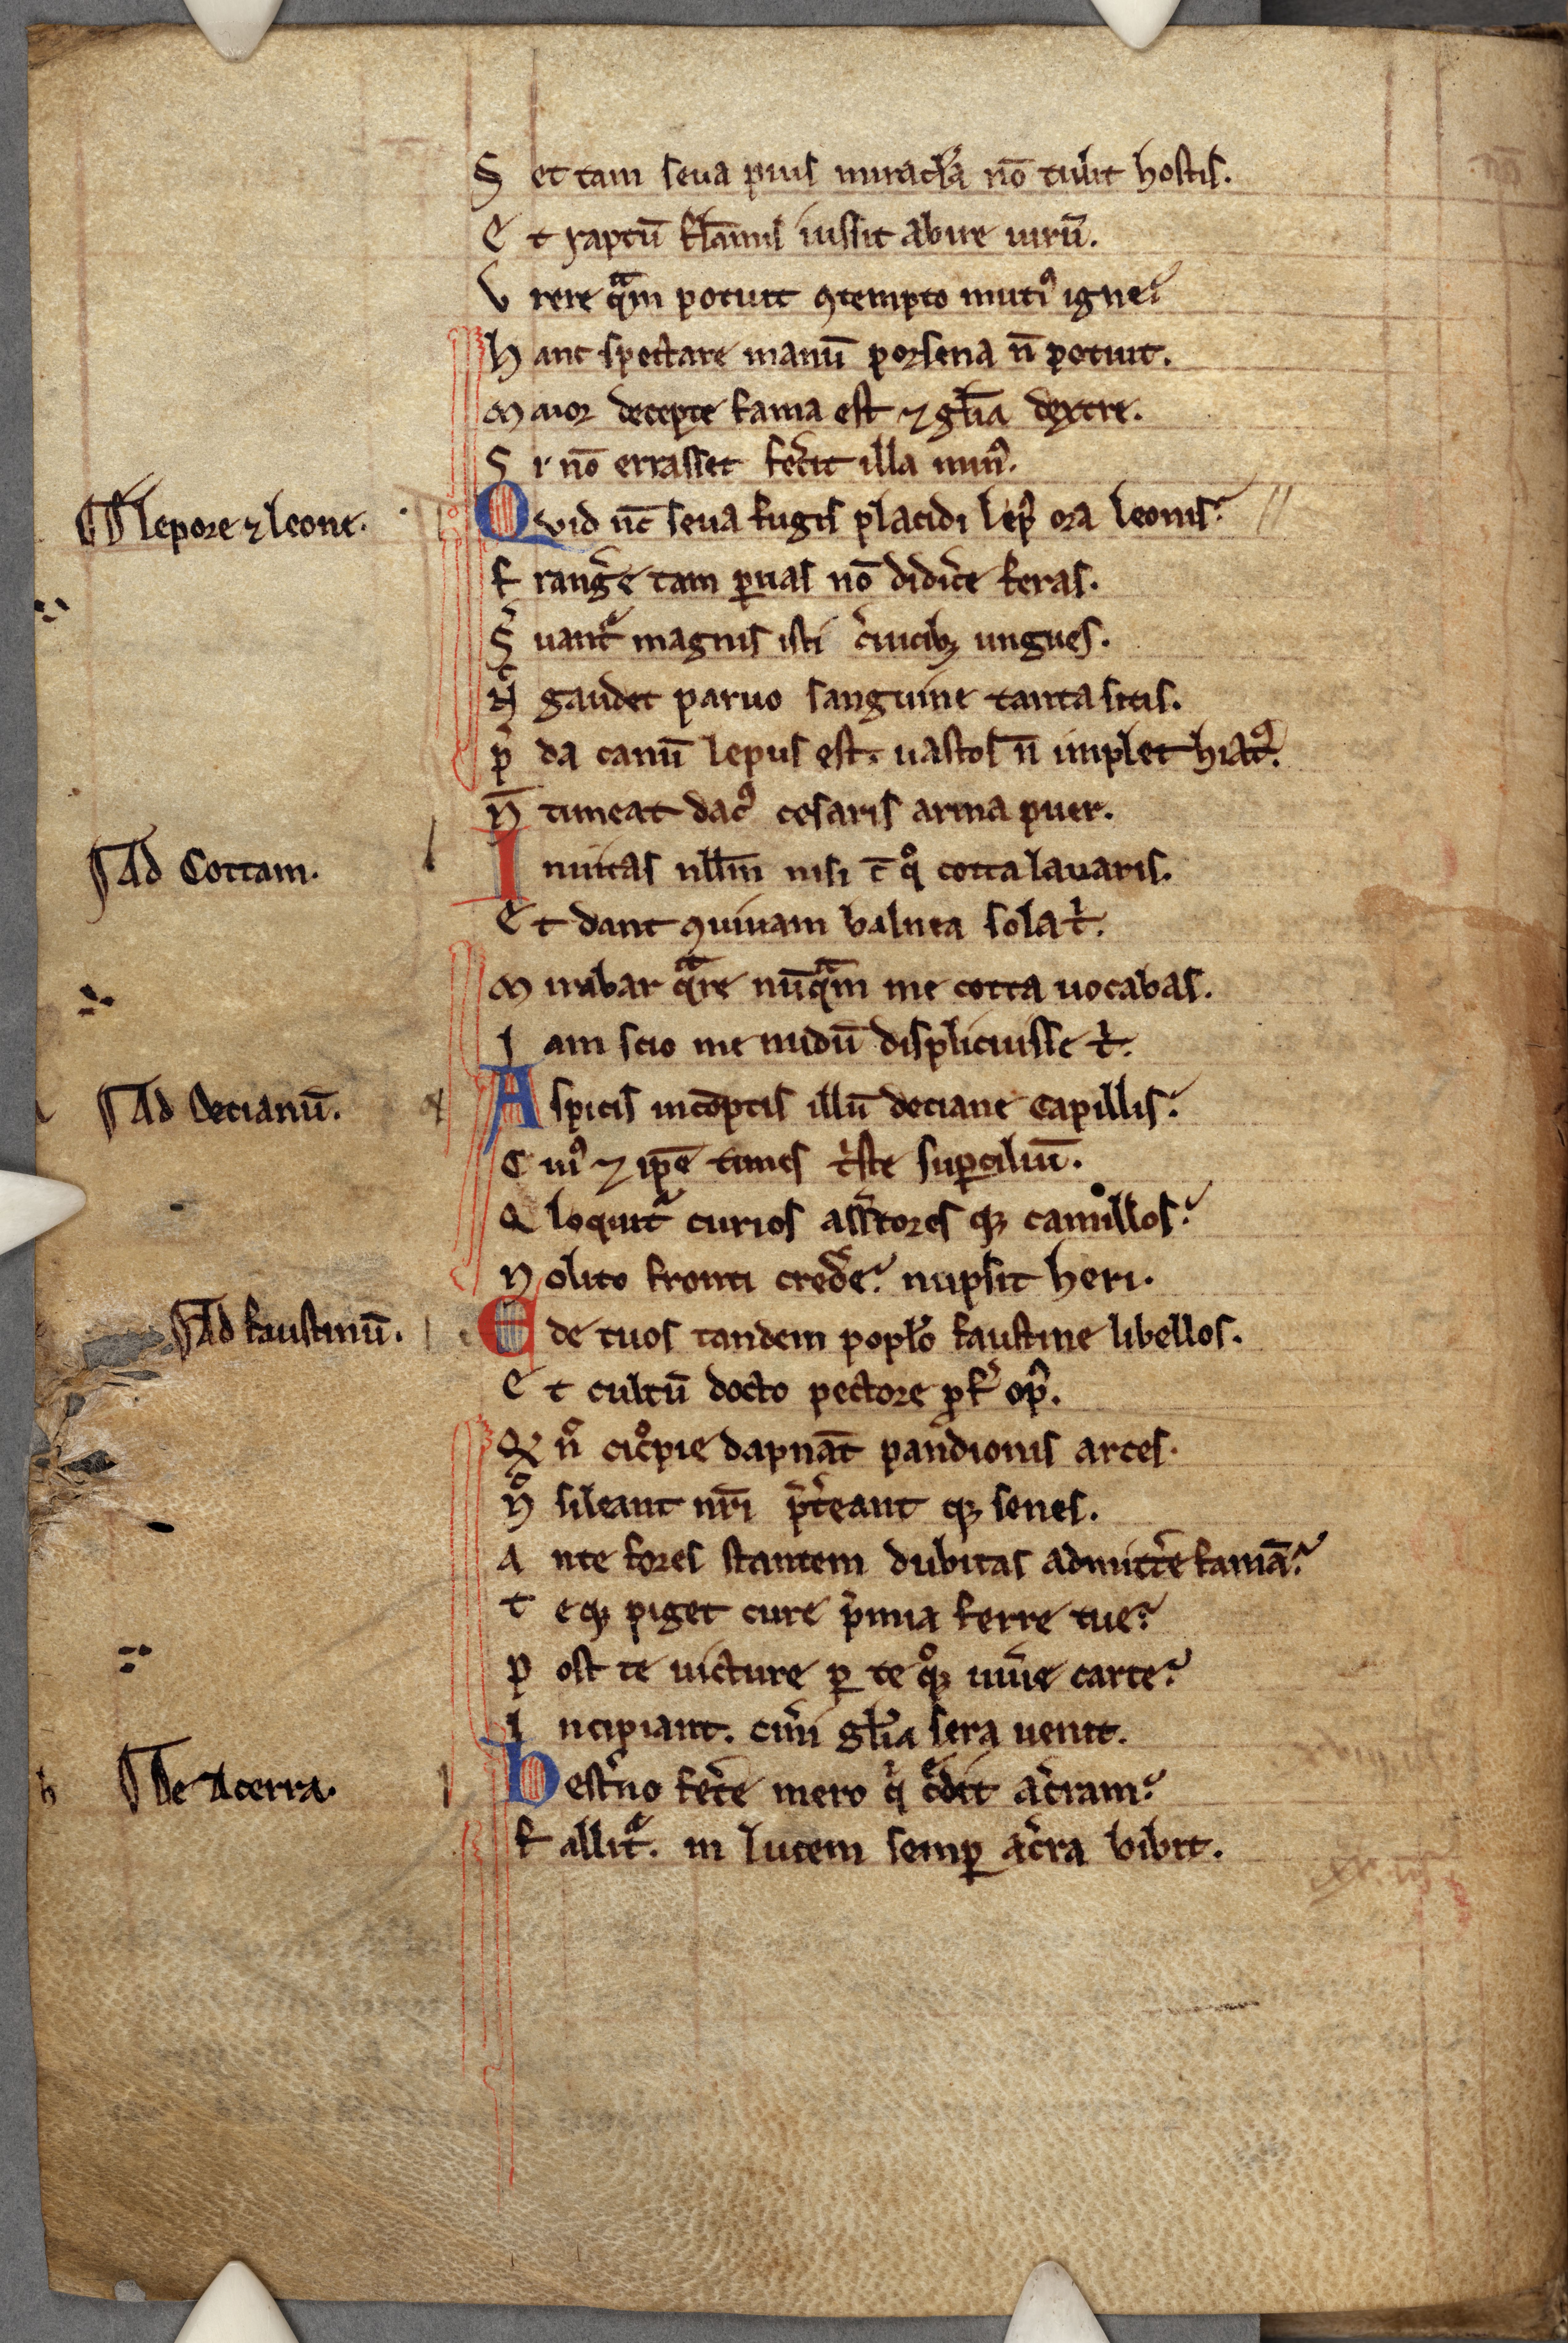
Shelfmark: Cambridge, Corpus Christi College, MS 236
Century: 13